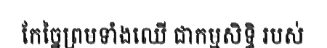
កែច្នៃព្រមទាំងឈើ ជាកម្មសិទ្ធិ របស់